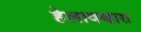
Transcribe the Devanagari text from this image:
हेलावणारा